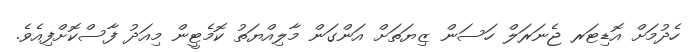
ހެދުމަށް އޮޑިޓަރ ޖެނަރަލް ހަސަން ޒިޔަތަށް އަންގަން މާލިއްޔަތު ކޮމެޓީން މިއަދު ފާސްކޮށްފިއެވެ.